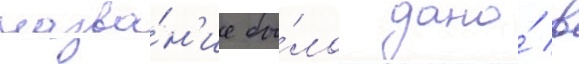
назва́н'ие бы́ло дано́ в